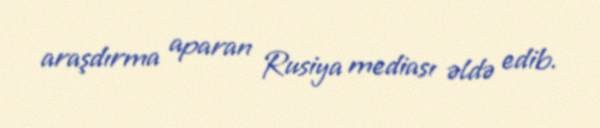
araşdırma aparan Rusiya mediası əldə edib.